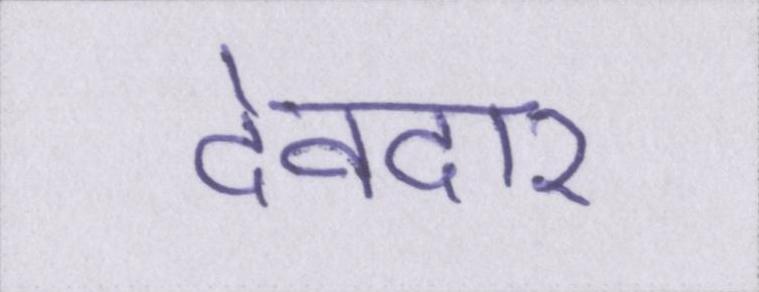
देवदार